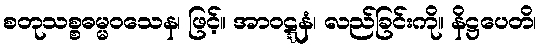
စတုသစ္စဓမ္မဝသေန၊ ဖြင့်။ အာဝဋ္ဋနံ၊ လည်ခြင်းကို။ နိဋ္ဌပေတိ၊